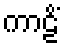
ကာဠိံ